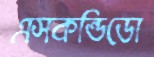
এসকন্ডিডো